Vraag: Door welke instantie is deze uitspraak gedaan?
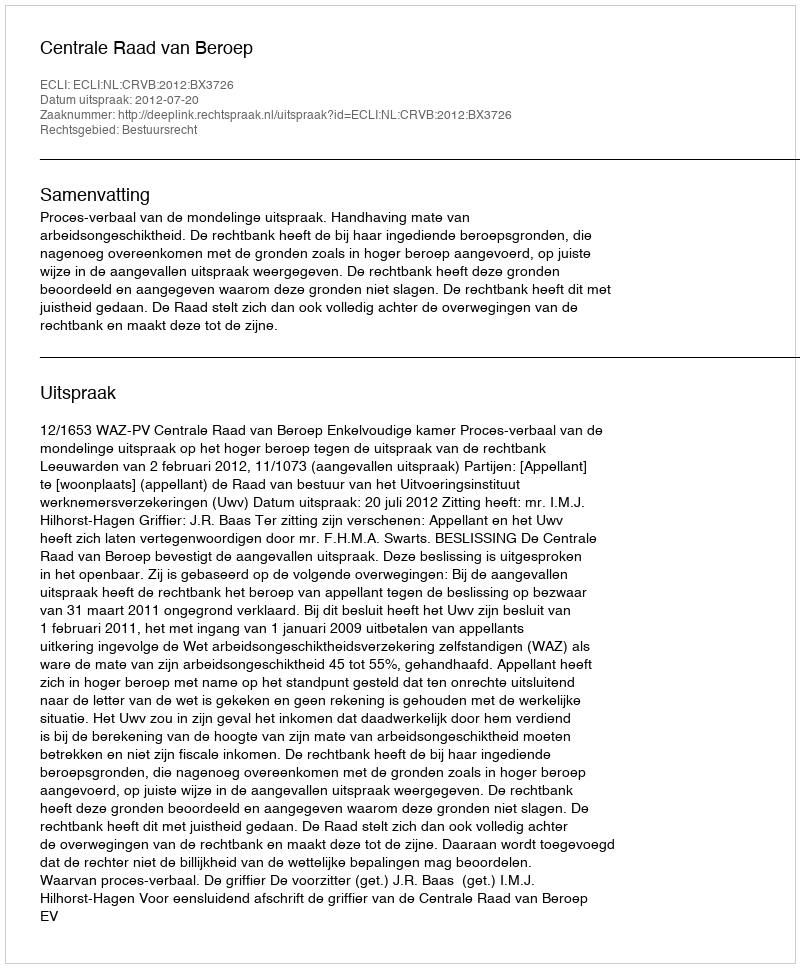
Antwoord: Centrale Raad van Beroep